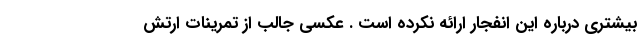
بیشتری درباره این انفجار ارائه نکرده است . عکسی جالب از تمرینات ارتش